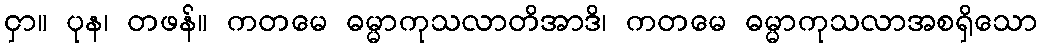
ငှာ။ ပုန၊ တဖန်။ ကတမေ ဓမ္မာကုသလာတိအာဒိ၊ ကတမေ ဓမ္မာကုသလာအစရှိသော